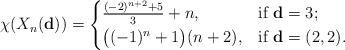
LaTeX: \begin{align*}\chi(X_n(\mathbf{d}))=\begin{cases}\frac{(-2)^{n+2}+5}{3}+n,& \mbox{if}\ \mathbf{d}=3;\\ \big((-1)^n+1\big)(n+2), & \mbox{if}\ \mathbf{d}=(2,2). \end{cases}\end{align*}